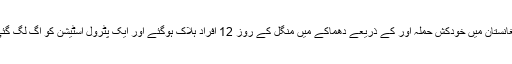
افغانستان میں خودکش حملہ آور کے ذریعے دھماکے میں منگل کے روز 12 افراد ہلاک ہوگئے اور ایک پٹرول اسٹیشن کو آگ لگ گئی۔